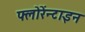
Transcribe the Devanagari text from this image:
फ्लोरेंन्टाइन